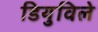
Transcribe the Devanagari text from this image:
डियुविले